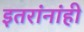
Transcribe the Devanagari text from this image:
इतरांनांही